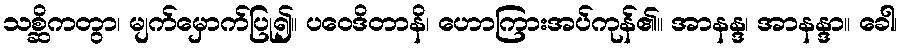
သစ္ဆိကတွာ၊ မျက်မှောက်ပြု၍။ ပဝေဒိတာနိ၊ ဟောကြားအပ်ကုန်၏။ အာနန္ဒ၊ အာနန္ဒာ။ ခေါ၊